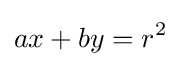
ax+by=r^{2}